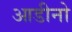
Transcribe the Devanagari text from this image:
आडीनो